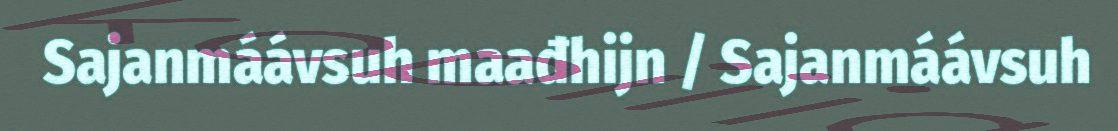
Sajanmáávsuh maađhijn / Sajanmáávsuh